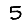
Digit: 5